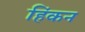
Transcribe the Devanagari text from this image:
हिंकन